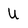
Character: U